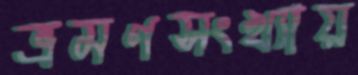
ভ্রমণসংখ্যায়